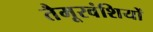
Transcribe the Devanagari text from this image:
तैमूरवंशियों